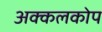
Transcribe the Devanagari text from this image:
अक्कलकोप